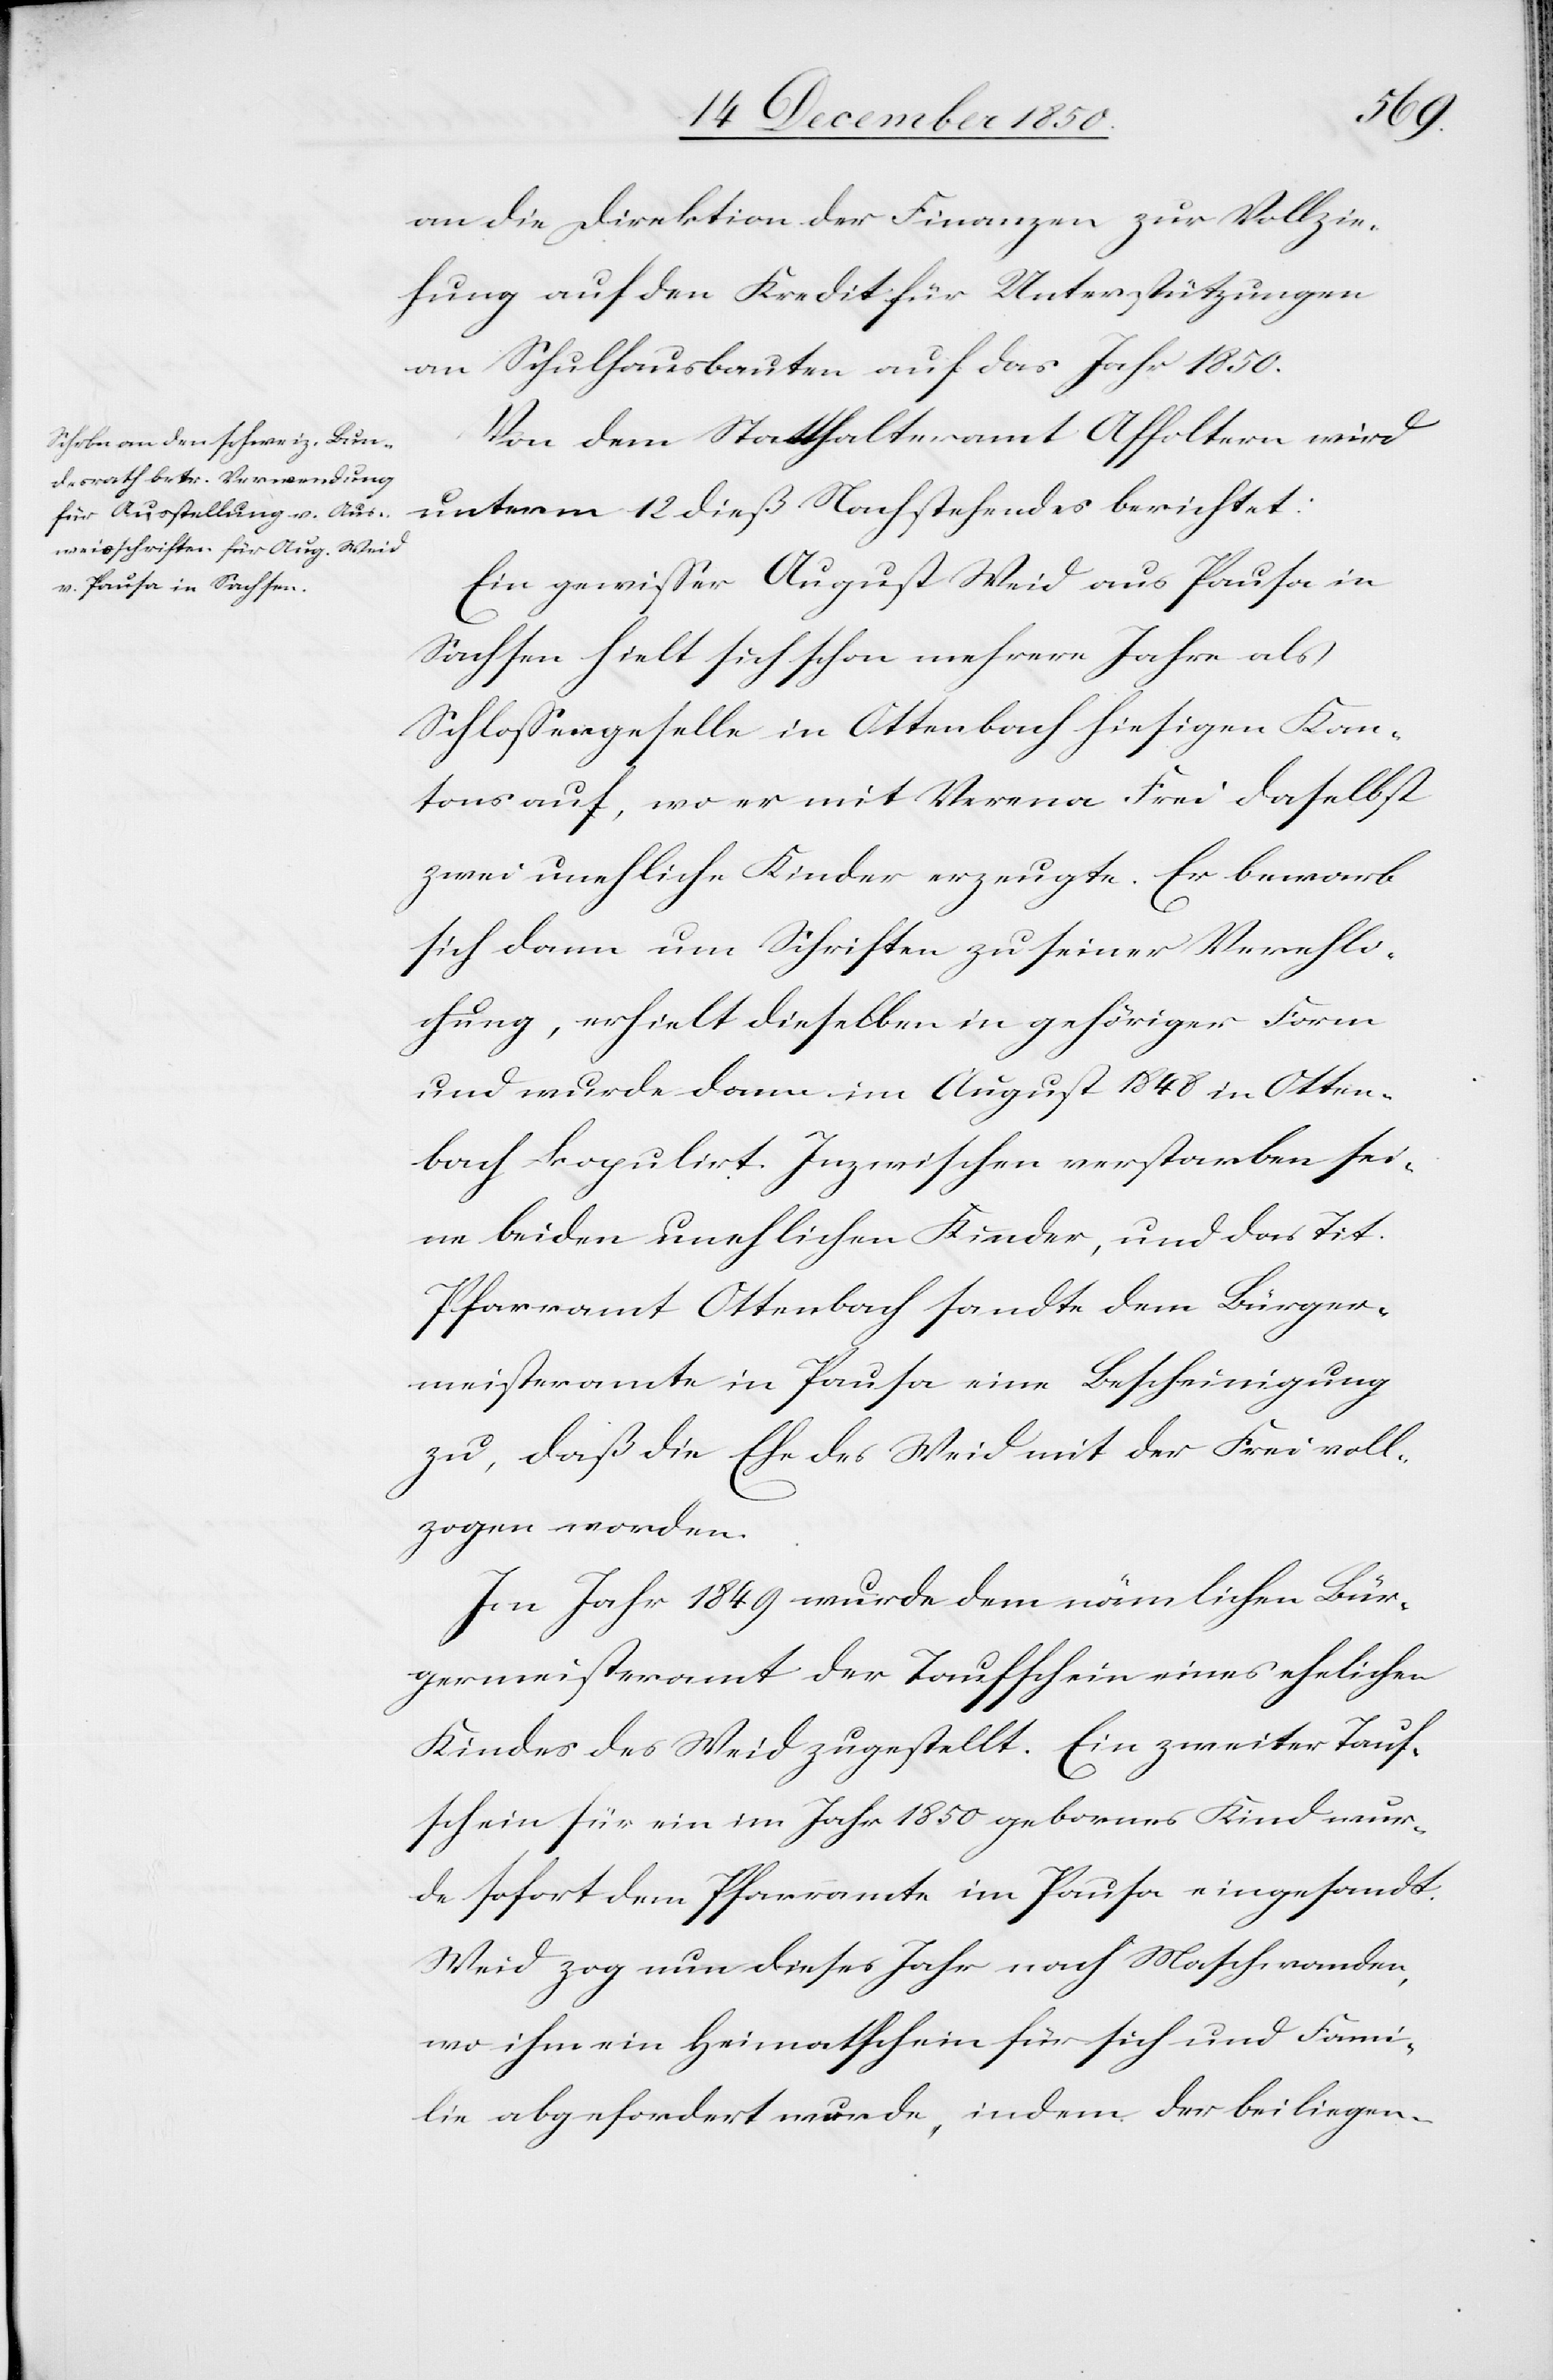
an die Direktion der Finanzen zur Vollzie¬
hung auf den Kredit für Unterstützungen
an Schulhausbauten auf das Jahr 1850.
Von dem Statthalteramt Affoltern wird
unterm 12 dieß Nachstehendes berichtet:
Ein gewisser August Weid aus Pausa in
Sachsen hielt sich schon mehrere Jahre als
Schlossergeselle in Ottenbach hiesigen Kan¬
tons auf, wo er mit Verena Frei daselbst
zwei unehliche Kinder erzeugte. Er bewarb
sich dann um Schriften zu seiner Verehli¬
chung, erhielt dieselben in gehöriger Form
und wurde dann im August 1848 in Otten¬
bach kopulirt. Inzwischen verstarben sei¬
ne beiden unehlichen Kinder, und das Tit.
Pfarramt Ottenbach sandte dem Bürger¬
meisteramte in Pausa eine Bescheinigung
zu, daß die Ehe des Weid mit der Frei voll¬
zogen worden.
Im Jahr 1849 wurde dem nämlichen Bür¬
germeisteramt der Taufschein eines ehelichen
Kindes des Weid zugestellt. Ein zweiter Tauf¬
schein für ein im Jahr 1850 gebornes Kind wur¬
de sofort dem Pfarramte im [sic!] Pausa eingesandt.
Weid zog nun dieses Jahr nach Maschwanden,
wo ihm ein Heimatschein für sich und Fami¬
lie abgefordert wurde, indem der beiliegen-